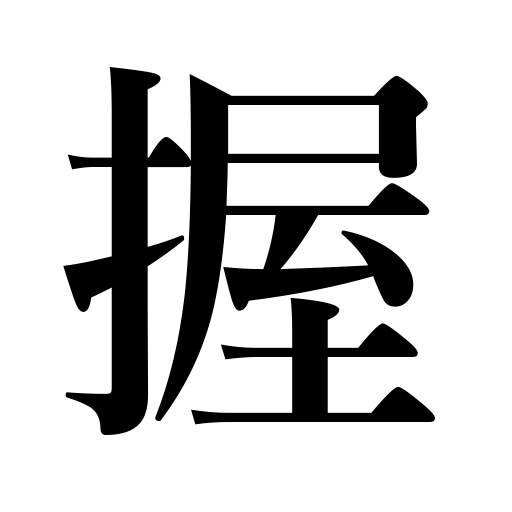
Meanings: assume power,make sushi balls,get proof,hold,make money,grasp